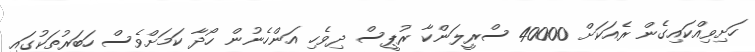
ހަށިވިއްކައިގެން ރެއަކަށް 40000 ސްރީލަންކާ ރުޕީސް ދިވެހި އަންހެނުން ހޯދާ ކަމަށްވެސް ހަބަރުތަކުގައި